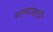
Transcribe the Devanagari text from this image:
मरण्यासाठी